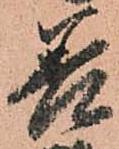
善